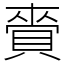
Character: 賫